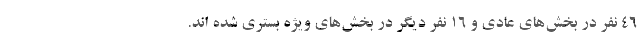
۴۶ نفر در بخش‌های عادی و ۱۶ نفر دیگر در بخش‌های ویژه بستری شده اند.